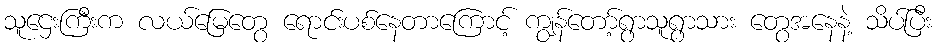
သူဌေးကြီးက လယ်မြေတွေ ရောင်းပစ်နေတာကြောင့် ကျွန်တော့်ရွာသူရွာသား တွေအနေနဲ့ သိပ်ပြီး